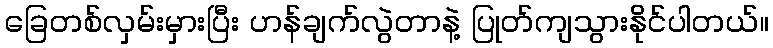
ခြေတစ်လှမ်းမှားပြီး ဟန်ချက်လွဲတာနဲ့ ပြုတ်ကျသွားနိုင်ပါတယ်။